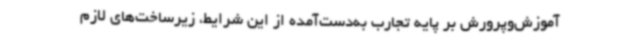
آموزش‌وپرورش بر پایه تجارب به‌دست‌آمده از این شرایط، زیرساخت‌های لازم